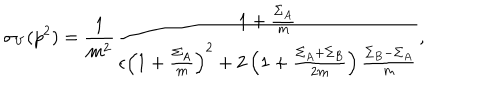
\sigma _ { V } ( p ^ { 2 } ) = \frac { 1 } { m ^ { 2 } } \frac { 1 + \frac { \Sigma _ { A } } { m } } { \epsilon \left( 1 + \frac { \Sigma _ { A } } { m } \right) ^ { 2 } + 2 \left( 1 + \frac { \Sigma _ { A } + \Sigma _ { B } } { 2 m } \right) \frac { \Sigma _ { B } - \Sigma _ { A } } { m } } ,